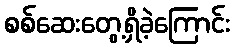
စစ်ဆေးတွေ့ရှိခဲ့ကြောင်း